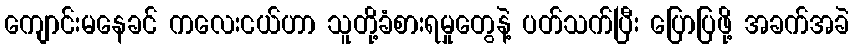
ကျောင်းမနေခင် ကလေးငယ်ဟာ သူတို့ခံစားရမှုတွေနဲ့ ပတ်သက်ပြီး ပြောပြဖို့ အခက်အခဲ